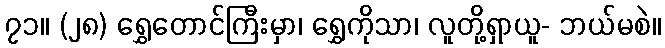
၇၁။ (၂၈) ရွှေတောင်ကြီးမှာ၊ ရွှေကိုသာ၊ လူတို့ရှာယူ- ဘယ်မစဲ။